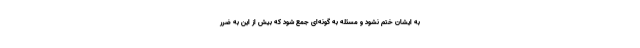
به ایشان ختم نشود و مسئله به گونه‌ای جمع شود كه بیش از این به ضرر